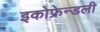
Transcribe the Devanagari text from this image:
इकोफ्रेन्डली